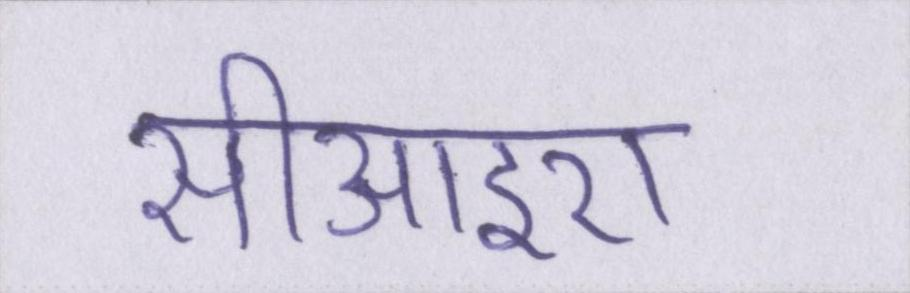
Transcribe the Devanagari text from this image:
सीआइए